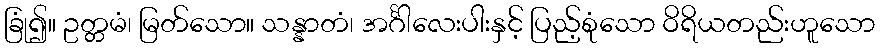
ခြုံ၍။ ဥတ္တမံ၊ မြတ်သော။ သန္နာတံ၊ အင်္ဂါလေးပါးနှင့် ပြည့်စုံသော ဝိရိယတည်းဟူသော